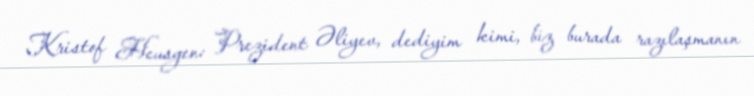
Kristof Heusgen: Prezident Əliyev, dediyim kimi, biz burada razılaşmanın